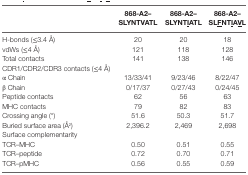
<table><thead><tr><td></td><td><b>868-A2–SLYNTVATL</b></td><td><b>868-A2–SLYNT<underline>I</underline>ATL</b></td><td><b>868-A2–SL<underline>F</underline>NT<underline>I</underline>A<underline>V</underline>L</b></td></tr></thead><tbody><tr><td>H-bonds (≤3.4 Å)</td><td>20</td><td>20</td><td>18</td></tr><tr><td>vdWs (≤4 Å)</td><td>121</td><td>118</td><td>128</td></tr><tr><td>Total contacts</td><td>141</td><td>138</td><td>146</td></tr><tr><td>CDR1/CDR2/CDR3 contacts (≤4 Å)</td><td></td><td></td><td></td></tr><tr><td>α Chain</td><td>13/33/41</td><td>9/23/46</td><td>8/22/47</td></tr><tr><td>β Chain</td><td>0/17/37</td><td>0/27/43</td><td>0/24/45</td></tr><tr><td>Peptide contacts</td><td>62</td><td>56</td><td>63</td></tr><tr><td>MHC contacts</td><td>79</td><td>82</td><td>83</td></tr><tr><td>Crossing angle (°)</td><td>51.6</td><td>50.3</td><td>51.7</td></tr><tr><td>Buried surface area (Å<sup>2</sup>)</td><td>2,396.2</td><td>2,469</td><td>2,698</td></tr><tr><td>Surface complementarity</td><td></td><td></td><td></td></tr><tr><td>TCR–MHC</td><td>0.50</td><td>0.51</td><td>0.55</td></tr><tr><td>TCR–peptide</td><td>0.72</td><td>0.70</td><td>0.71</td></tr><tr><td>TCR–pMHC</td><td>0.56</td><td>0.55</td><td>0.59</td></tr></tbody></table>